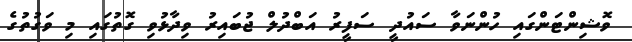
ވޮޝިންޓަންގައި ހުންނަވާ ސައުދީ ސަފީރު އަބްދުލް ޖުބައިރު ވިދާޅުވި ގޮތުގައި މި ވަގުތުގެ